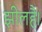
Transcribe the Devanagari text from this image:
झीलहै।